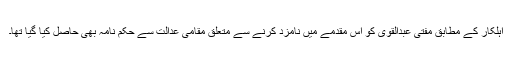
اہلکار کے مطابق مفتی عبدالقوی کو اس مقدمے میں نامزد کرنے سے متعلق مقامی عدالت سے حکم نامہ بھی حاصل کیا گیا تھا۔